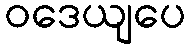
ဝဒေယျပေ